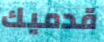
قدميك